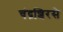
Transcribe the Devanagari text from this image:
चंद्रशिरसे